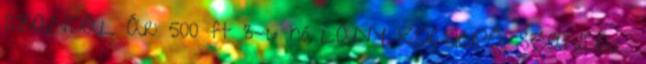
SZANDÁL Ár: 500 ft 3-6 hó LÁNY KOCSICIPŐ, SZANDÁL